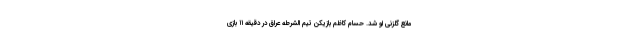
مانع گلزنی او شد. حسام کاظم بازیکن تیم الشرطه عراق در دقیقه ۱۱ بازی